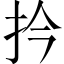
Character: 扲